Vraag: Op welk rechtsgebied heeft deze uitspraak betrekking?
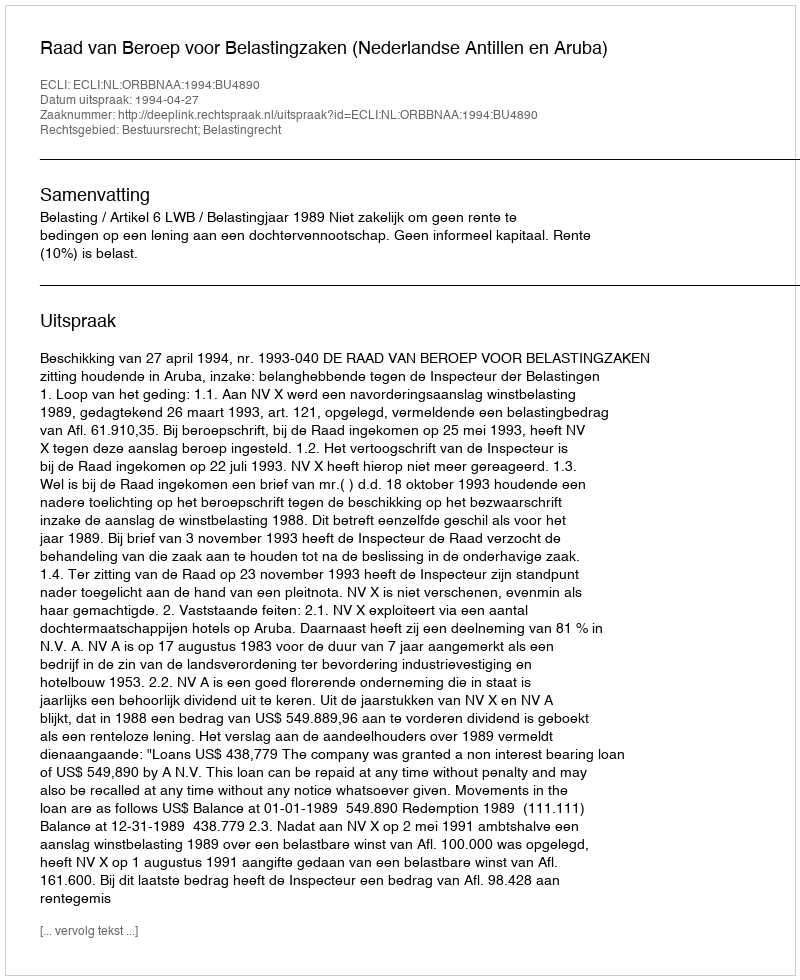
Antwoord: Bestuursrecht; Belastingrecht